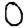
Digit: 0